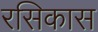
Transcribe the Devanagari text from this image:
रसिकास